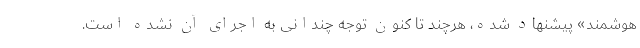
هوشمند» پیشنهاد شده، هرچند تا کنون توجه چندانی به اجرای آن نشده است.